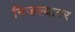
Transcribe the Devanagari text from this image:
निजल्यावर